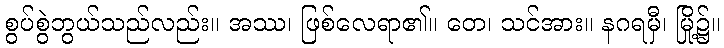
စွပ်စွဲဘွယ်သည်လည်း။ အဿ၊ ဖြစ်လေရာ၏။ တေ၊ သင်အား။ နဂရမှီ၊ မြို့၌။